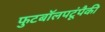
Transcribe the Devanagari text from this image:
फुटबॉलपटूंपैकी